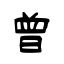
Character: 曾